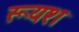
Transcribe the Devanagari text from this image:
रूयश